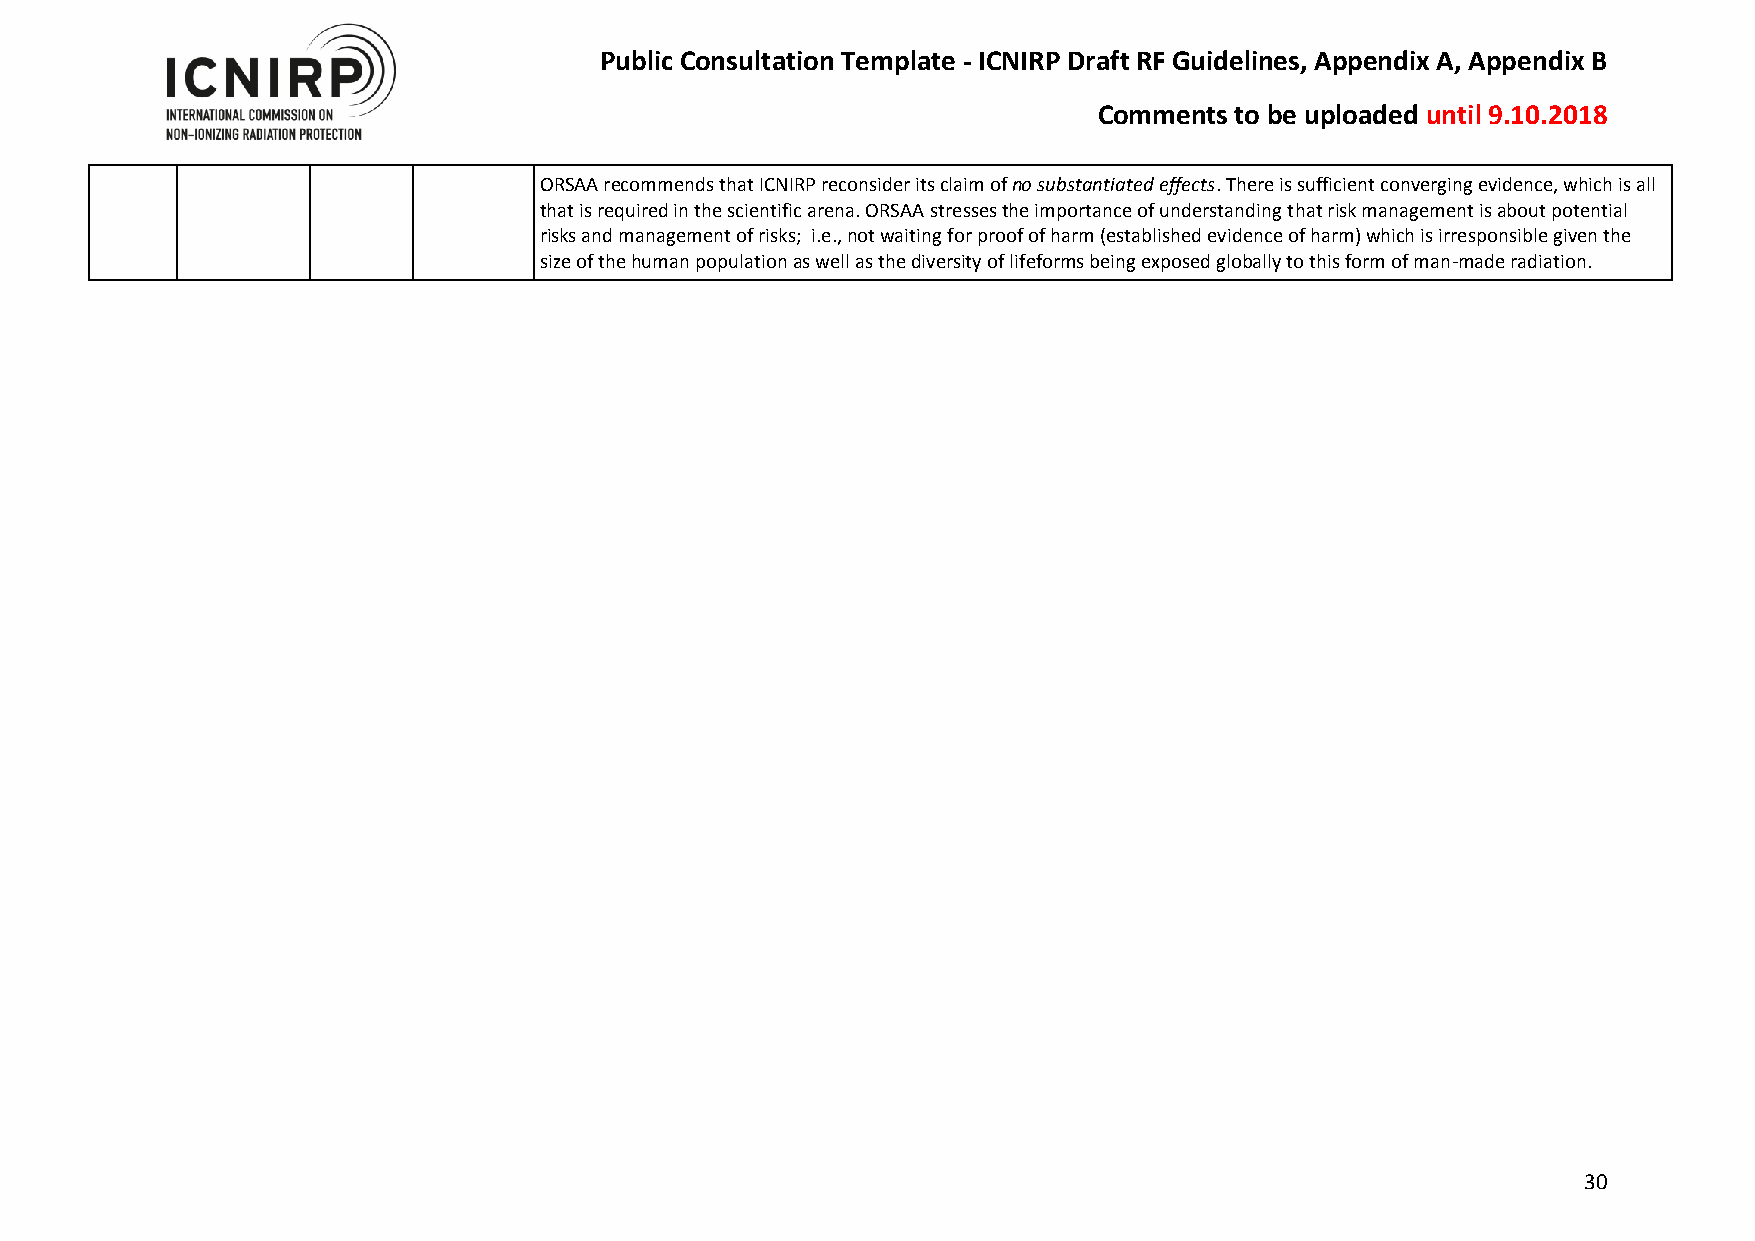
Public Consultation Template - ICNIRP Draft RF Guidelines, Appendix A, Appendix B
 Comments to be uploaded until 9.10.2018
 ORSAA recommends that ICNIRP reconsider its claim of no substantiated effects. There is sufficient converging evidence, which is all
 that is required in the scientific arena. ORSAA stresses the importance of understanding that risk management is about potential
 risks and management of risks; i.e., not waiting for proof of harm (established evidence of harm) which is irresponsible given the
 size of the human population as well as the diversity of lifeforms being exposed globally to this form of man-made radiation.
 30